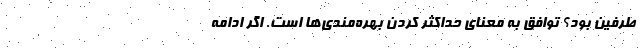
طرفین بود؟ توافق به معنای حداکثر کردن بهره‌مندی‌ها است. اگر ادامه